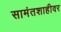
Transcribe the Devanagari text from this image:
सामंतशाहीवर